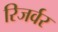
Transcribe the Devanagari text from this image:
रिजर्वर